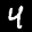
Label: 4